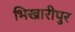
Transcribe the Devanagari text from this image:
भिखारीपुर